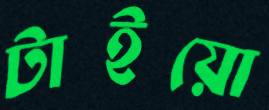
টাইয়ো